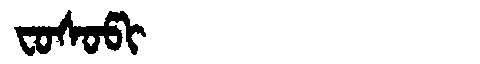
Manchu: ᠸᠣᠰᠣᡦᡳ
Romanization: FOSOPI